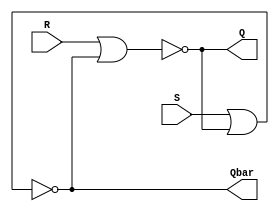
module SR_latch_gate (input R, input S, output Q,output Qbar);
assign #2 Q_i =Q;
assign #2 Qbar_i=Qbar;
assign #2 Q= ~(R|Qbar);
assign #2 Qbar=~(S|Q);
endmodule